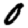
Digit: 0